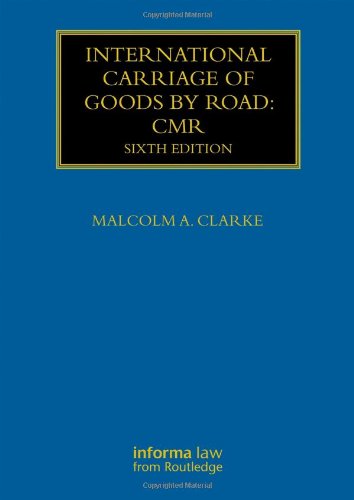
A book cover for International Carriage of Goods by Road: CMR (Maritime and Transport Law Library); Malcolm A. Clarke; Law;